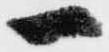
一